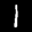
Label: 1